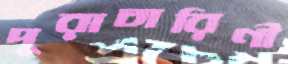
দুরাচারিণী